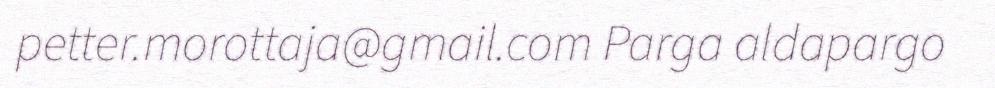
petter.morottaja@gmail.com Parga aldapargo